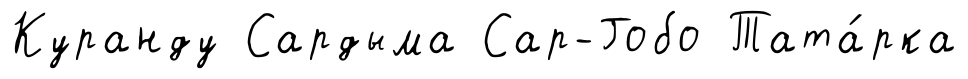
Куранду Сардыма Сар-Гобо Тата́рка